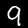
Label: 9